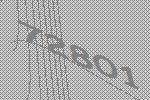
72801